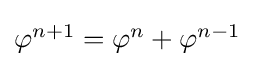
\textstyle \varphi ^{n+1}=\varphi ^{n}+\varphi ^{n-1}